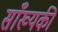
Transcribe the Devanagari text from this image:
साँख्यकी